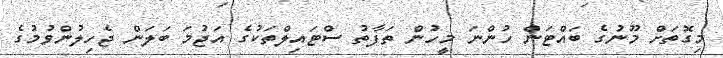
މިގޮތަށް މޫނުގެ ބައްޓަން ހުންނަ މީހުން ތަފާތު ސްޓައިލްތަަކުގެ އަޖުމަ ބަލަން ޖެހިލުންވުމުގެ